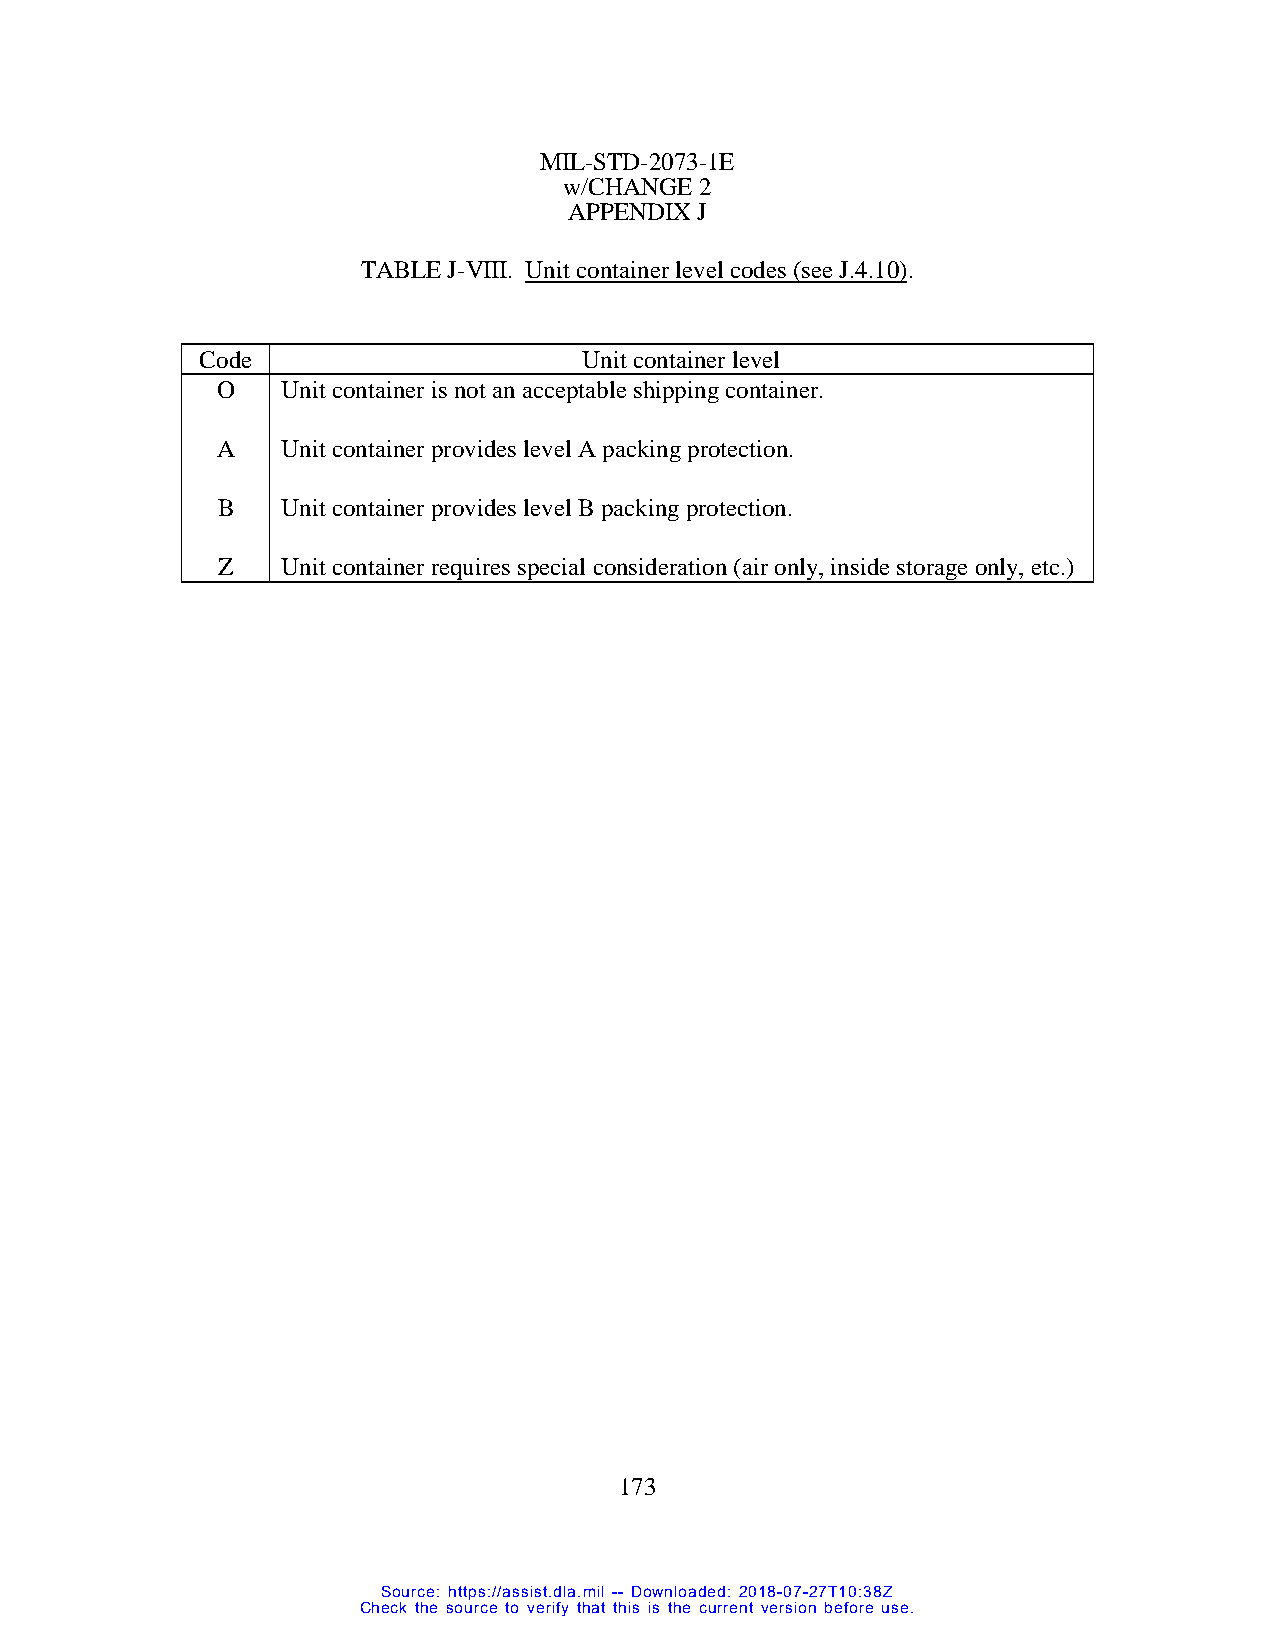
MIL-STD-2073-1E
 w/CHANGE 2
 APPENDIX J
 TABLE J-VIII. Unit container level codes (see J.4.10).
 Code                      Unit container level
 O    Unit container is not an acceptable shipping container.
 A    Unit container provides level A packing protection.
 B    Unit container provides level B packing protection.
 Z    Unit container requires special consideration (air only, inside storage only, etc.)
 173
 Source: https://assist.dla.mil -- Downloaded: 2018-07-27T10:38Z
 Check the source to verify that this is the current version before use.